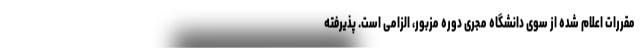
مقررات اعلام شده از سوی دانشگاه مجری دوره مزبور، الزامی است. پذیرفته